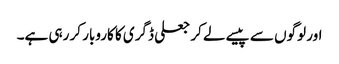
اور لوگوں سے پیسے لے کر جعلی ڈگری کا کاروبار کر رہی ہے۔